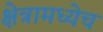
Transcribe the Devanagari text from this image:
क्षेत्रामध्येच